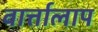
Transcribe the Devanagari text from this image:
वार्त्तालाप